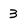
Character: 3